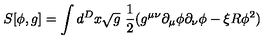
S [ \phi , g ] = \int d ^ { D } x { \sqrt g } \ { \frac { 1 } { 2 } } ( g ^ { \mu \nu } \partial _ { \mu } \phi \partial _ { \nu } \phi - \xi R \phi ^ { 2 } )